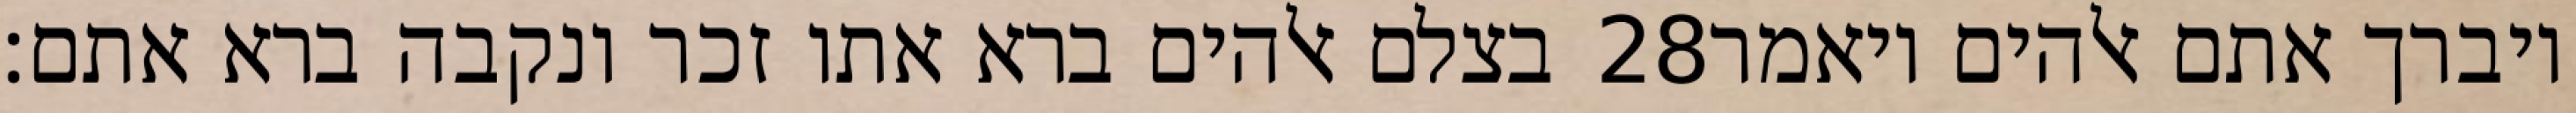
בצלם אלהים ברא אתו זכר ונקבה ברא אתם׃ ‎28‏ ויברך אתם אלהים ויאמר